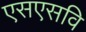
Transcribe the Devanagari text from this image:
एसएसवि